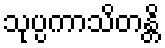
သုပ္ပကာသိတန္တိ